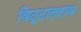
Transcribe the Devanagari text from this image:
विठ्ठालराव